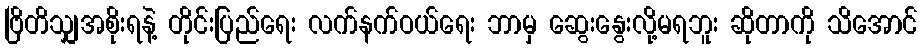
ဗြိတိသျှအစိုးရနဲ့ တိုင်းပြည်ရေး လက်နက်ဝယ်ရေး ဘာမှ ဆွေးနွေးလို့မရဘူး ဆိုတာကို သိအောင်